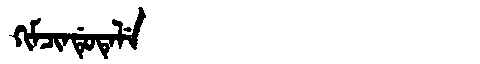
Manchu: ᡴᡳᠮᠴᡳᠨᡩᡠᡨᡝᠯᡝ
Romanization: KIMCINDUTELE